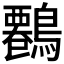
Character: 𪄷